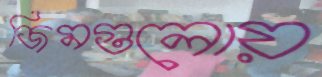
জিমগুলোয়